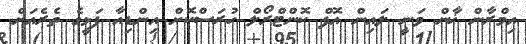
އިމްރާން ޚާން ވަނީ ލައިން އޮފް ކޮންޓްރޯލް ހުރަސްކޮށް އިންޑިއާ ފަޅީގެ ތެރެއަށް